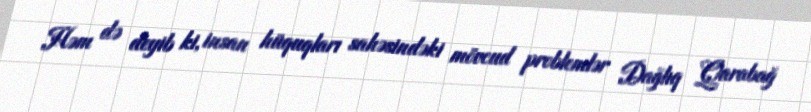
Həm də deyib ki, insan hüquqları sahəsindəki mövcud problemlər Dağlıq Qarabağ